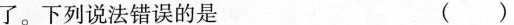
了。下列说法错误的是 ()